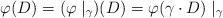
LaTeX: \begin{align*} \varphi(D) = (\varphi \mid_{\gamma})(D) =\varphi(\gamma \cdot D) \mid_{\gamma} \end{align*}